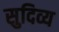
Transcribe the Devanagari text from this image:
सुदिव्य